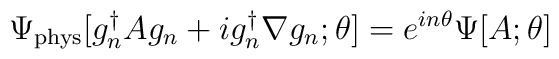
\Psi_{\rm phys}[ g_n^{\dagger}Ag_n+ig_n^{\dagger}\nabla g_n;\theta]=e^{in\theta}\Psi[A;\theta]